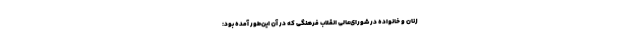
زنان و خانواده در شورای‌عالی انقلاب فرهنگی که در آن این‌طور آمده بود: